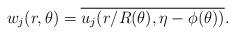
LaTeX: \begin{align*}w_j(r,\theta)=\overline{u_j(r/R(\theta),\eta-\phi(\theta))} .\end{align*}